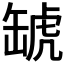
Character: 𧇍